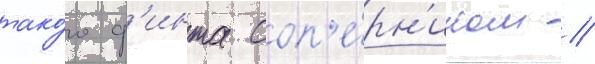
тако́го ф'инта соп'е́рн'иком //